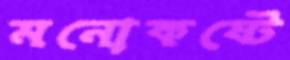
মনোকষ্টে